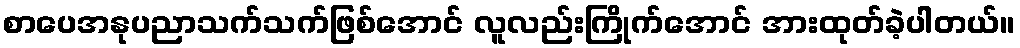
စာပေအနုပညာသက်သက်ဖြစ်အောင် လူလည်းကြိုက်အောင် အားထုတ်ခဲ့ပါတယ်။